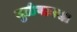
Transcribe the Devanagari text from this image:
मुळेगावचा